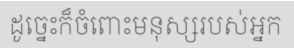
ដូច្នេះក៏ចំពោះមនុស្សរបស់អ្នក